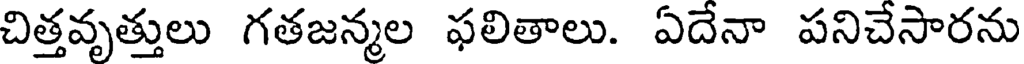
చిత్తవృత్తులు గతజన్మల ఫలితాలు. ఏదేనా పనిచేసారను